Report on sanitation, dispensaries, and jails in Rajputana for 1919, and on vaccination for the year 1919-1920 - 1919-1920
Year: 1919
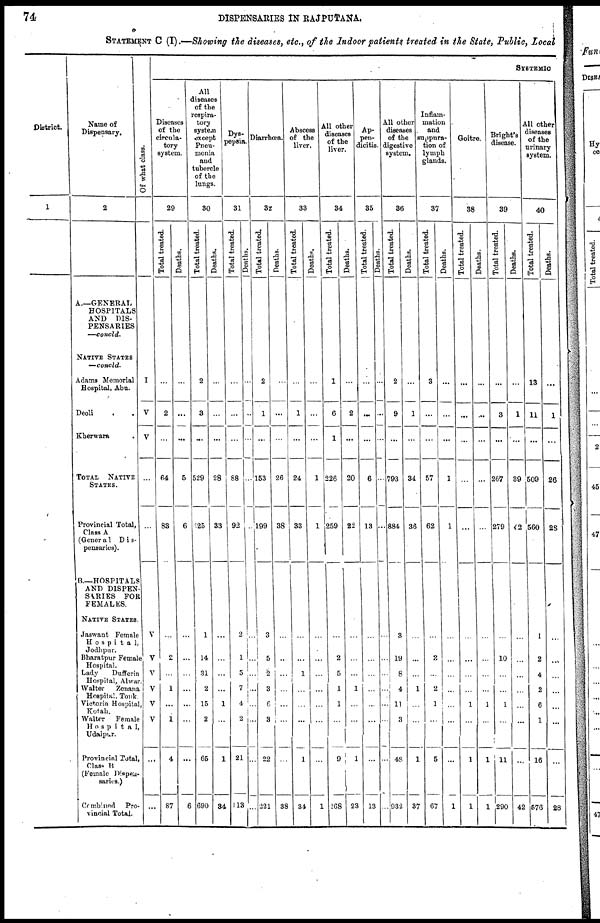
74
DISPENSARIES IN RAJPUTANA.
STATEMENT C (I).—Showing the diseases, etc., of the Indoor patients treated in the State, Public, Local
District.
1
Name of
Dispensary.
2
A—GENERAL
HOSPITALS
AND DIS-
PENSARIES
—concld.
NATIVE STATES
—concld.
Adams Memorial
Hospital, Abu.
Deoli . .
Kherwara
.
TOTAL NATIVE
STATES.
Provincial Total,
Class A
(Genera1 Dis¬
pensaries).
B.—HOSPITALS
AND DISPEN-
SARIES FOR
FEMALES.
NATIVE STATES.
Jaswant Female
Hospita1,
Jodhpur.
Bharatpur Female
Hospital.
Lady
Dufferin
Hospital, Alwar.
Walter
Zenana
Hospital, Tonk.
Victoria Hospital,
Kotah.
Walter
Female
Hospital,
Udaipur.
Provincial Total,
Class B
(Female Dispen-
saries.)
Combined Pro-
vincial Total.
Of what class.
I
V
V
...
...
V
V
V
V
V
V
...
...
SYSTEMIC
Diseases
of the
circula-
tory
system.
29
Total treated.
...
2
...
64
83
...
...
...
1
...
1
4
87
Deaths.
...
...
...
5
6
...
...
...
...
...
...
...
6
All
diseases
of the
respira¬
tory
system
except
Pneu-
monia
and
tubercle
of the
lungs.
30
Total treated.
2
3
...
529
125
1
14
31
2
15
2
65
690
Deaths.
...
...
...
28
33
...
...
...
...
1
...
1
34
Dys-
pepsia.
31
Total treated.
...
...
...
88
92
2
1
5
7
4
2
21
113
Deaths.
...
...
...
...
...
...
...
...
...
...
...
...
...
Diarrhœa.
32
Total treated.
2
1
...
153
199
3
5
2
3
6
3
22
221
Deaths.
...
...
...
26
38
...
...
...
...
...
...
...
38
Abscess
of the
liver.
33
Total treated.
...
1
...
24
33
...
...
1
...
...
...
1
34
Deaths.
...
...
...
1
1
...
...
...
...
...
...
...
1
All other
diseases
of the
liver.
34
Total treated.
1
6
1
226
259
...
2
5
1
1
...
9
268
Deaths.
...
2
...
20
22
...
...
...
1
...
...
1
23
Ap-
pen-
dicitis.
35
Total treated.
...
...
...
6
13
...
...
...
...
...
...
...
13
Deaths.
...
...
...
...
...
...
...
...
...
...
...
...
...
All other
diseases
of the
digestive
system.
36
Total treated.
2
9
...
793
884
3
19
8
4
11
3
48
932
Deaths.
...
1
...
34
36
...
...
...
1
...
...
1
37
Inflam-
mation
and
suppura-
tion of
lymph
glands.
37
Total treated.
3
...
...
57
62
...
2
...
2
1
...
5
67
Deaths.
...
...
...
1
1
...
...
...
...
...
...
...
1
Goitre.
38
Total treated.
...
...
...
...
...
...
...
...
...
1
...
1
1
Deaths.
...
...
...
...
...
...
...
...
...
1
...
1
1
Bright's
disease.
39
Total treated.
...
3
...
267
279
...
10
...
...
1
...
11
290
Deaths.
...
1
...
39
42
...
...
...
...
...
...
...
42
All other
diseases
of the
urinary
system.
40
Total treated.
13
11
...
509
560
1
2
4
2
6
1
16
576
Deaths.
...
1
...
26
28
...
...
...
...
...
...
...
28